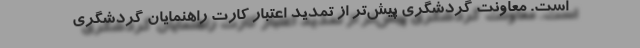
است. معاونت گردشگری پیش‌تر از تمدید اعتبار کارت راهنمایان گردشگری